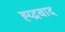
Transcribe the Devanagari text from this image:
ह्य्द्रबाद